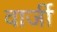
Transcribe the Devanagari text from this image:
वार्जी